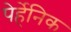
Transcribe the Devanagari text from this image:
पेर्हेनिक